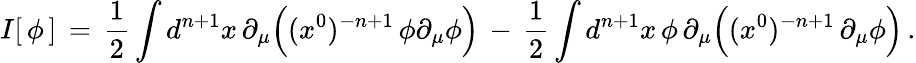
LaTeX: I[\, \phi\, ]\, =\, {\frac{1}{2}}\int d^{n+1}x\, \partial_{\mu}\Big((x^{0})^{-n+1}\, \phi\partial_{\mu}\phi\Big)\, -\, {\frac{1}{2}}\int d^{n+1}x\, \phi\, \partial_{\mu}\Big((x^{0})^{-n+1}\, \partial_{\mu}\phi\Big)\, .